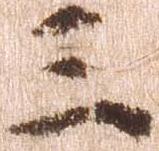
三